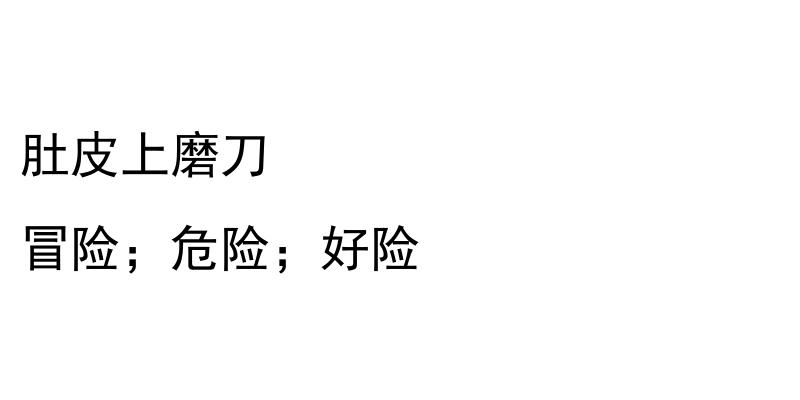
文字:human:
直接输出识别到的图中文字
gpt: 肚皮上磨刀 冒险；危险；好险